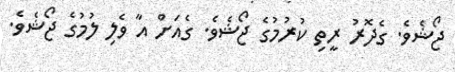
ޖޯޝެވެ. ގެދޮރު ރީތި ކުރުމުގެ ޖޯޝެވެ. ގެއަށް އާ ވެލި ލުމުގެ ޖޯޝެވެ.